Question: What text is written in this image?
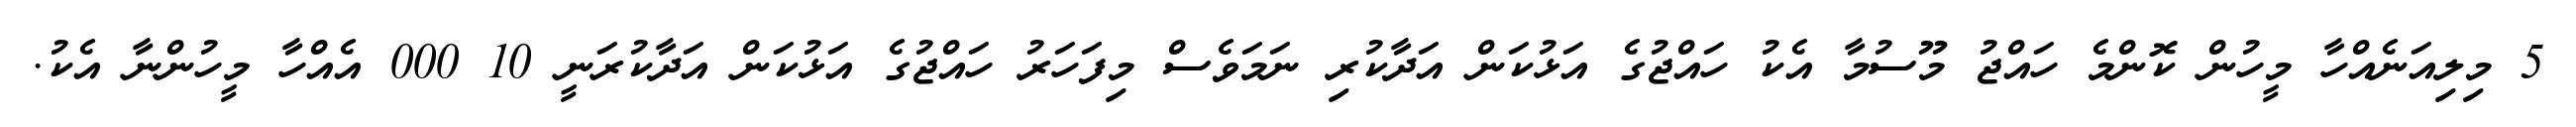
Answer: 5 މިލިއަނެއްހާ މީހުން ކޮންމެ ހައްޖު މޫސުމާ އެކު ހައްޖުގެ އަޅުކަން އަދާކުރި ނަމަވެސް މިފަހަރު ހައްޖުގެ އަޅުކަން އަދާކުރަނީ 10 000 އެއްހާ މީހުންނާ އެކު.